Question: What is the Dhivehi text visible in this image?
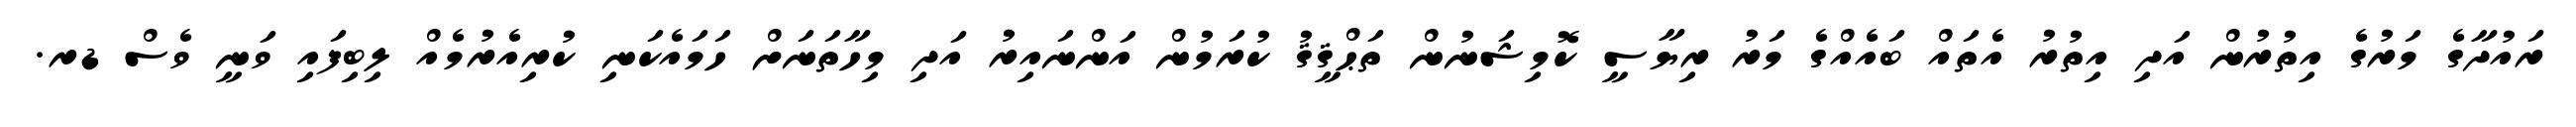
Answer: ރައުދާގެ މަރުގެ އިތުރުން އަދި އިތުރު އެތައް ބައެއްގެ މަރު ރިޔާސީ ކޮމިޝަނުން ތަޙްޤީޤު ކުރަމުން އަންނައިރު އަދި މިހާތަނަށް ހަމައެކަނި ކުރިއެރުމެއް ލިބިފައި ވަނީ ވެސް ޑރ.